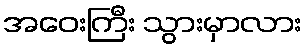
အဝေးကြီး သွားမှာလား